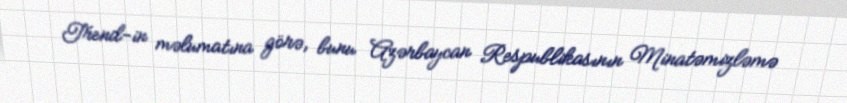
Trend-in məlumatına görə, bunu Azərbaycan Respublikasının Minatəmizləmə